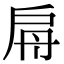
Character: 𢩀